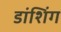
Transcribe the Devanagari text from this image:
डांशिंग